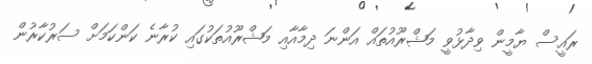
ރައީސް ޔާމީން ވިދާޅުވީ މަޝްރޫއުތައް އަންނަ ދިމާއާއި މަޝްރޫއުތަކުގައި ކުރާނެ ކަންކަމަށް ސަރުކާރުން